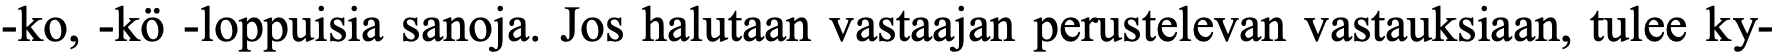
-ko, -kö -loppuisia sanoja. Jos halutaan vastaajan perustelevan vastauksiaan, tulee ky-